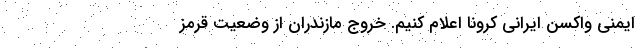
ایمنی واکسن ایرانی کرونا اعلام کنیم. خروج مازندران از وضعیت قرمز